Vaccine operations Central Provinces & Berar 1922-1929 - 1922-1929
Year: 1922
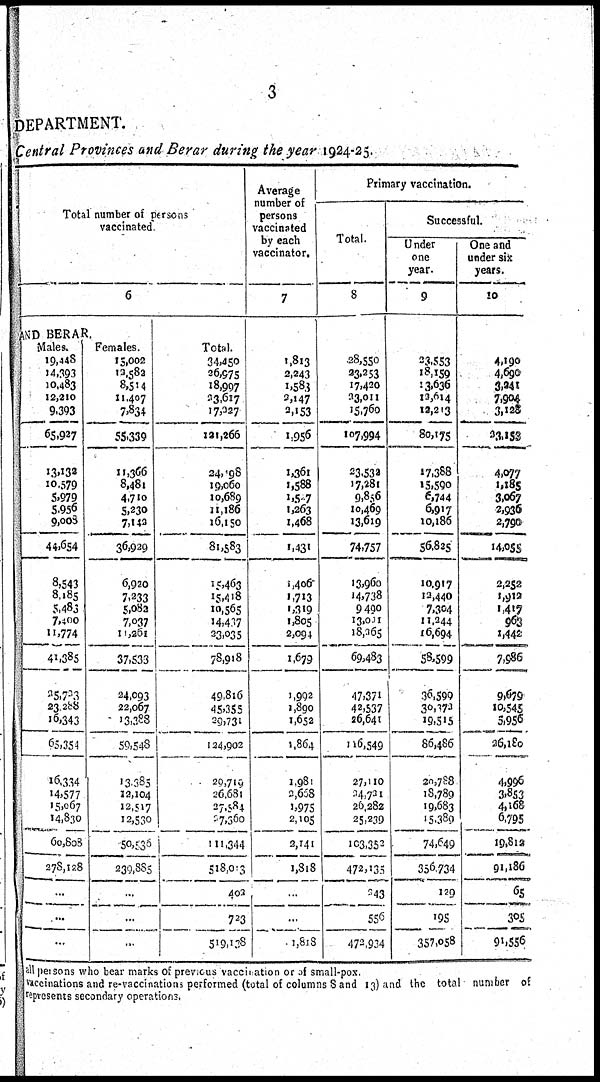
3
DEPARTMENT.
Central Provinces and Berar during the year 1924-25.
Total number of persons
vaccinated
6
AND BERAR.
Males.
19,448
14,393
10,483
12,210
9,393
65,927
13,132
10,579
5,979
5,956
9,008
44,654
8,543
8,185
5,483
7,400
11,774
41,385
25,723
23,288
16,343
65,354
16,334
14,577
15,067
14,830
60,808
278,128
...
...
...
Females.
15,002
12,582
8,514
11,407
7,834
55,339
11,366
8,481
4,710
5,230
7,142
36,929
6,920
7,233
5,082
7,037
11,261
37,533
24,093
22,067
13,388
59,548
13,385
12,104
12,517
12,530
50,536
239,885
...
...
...
Total.
34,450
26,975
18,997
23,617
17,227
121,266
24,498
19,060
10,689
11,186
16,150
81,583
15,463
15,418
10,565
14,437
23,035
78,918
49,816
45,355
29,731
124,902
29,719
26,681
27,584
27,360
111,344
518,013
402
723
519,138
Average
number of
persons
vaccinated
by each
vaccinator.
7
1,813
2,243
1,583
2,147
2,153
1,956
1,361
1,588
1,527
1,263
1,468
1,431
1,406
1,713
1,319
1,805
2,094
1,679
1,992
1,890
1,652
1,864
1,981
2,668
1,975
2,105
2,141
1,818
...
...
1,818
Primary vaccination.
Total.
8
28,550
23,253
17,420
23,011
15,760
107,994
23,532
17,281
9,856
10,469
13,619
74,757
13,960
14,738
9,490
13,011
18,265
69,483
47,371
42,537
26,641
116,549
27,110
24,721
26,282
25,239
103,352
472,135
243
556
472,934
Successful.
Under
one
year.
9
23,553
18,159
13,636
12,614
12,213
80,175
17,388
15,590
6,744
6,917
10,186
56,825
10,917
12,440
7,304
11,244
16,694
58,599
36,599
30,373
19,515
86,486
20,788
18,789
19,683
15,389
74,649
356,734
129
195
357,058
One and
under six
years.
10
4,190
4,690
3,241
7,904
3,128
23,153
4,077
1,185
3,067
2,936
2,790
14,055
2,252
1,912
1,417
963
1,442
7,986
9,679
10,545
5,956
26,180
4,996
3,853
4,168
6,795
19,812
91,186
65
305
91,556
all persons who bear marks of previous vaccination or of small-pox.
vaccinations and re-vaccinations performed (total of columns 8 and 13) and the total number of
represents secondary operations.